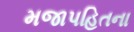
મજાપહિતના